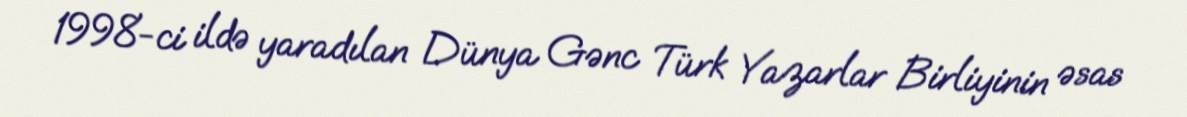
1998-ci ildə yaradılan Dünya Gənc Türk Yazarlar Birliyinin əsas